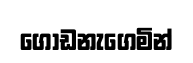
ගොඩනැගෙමින්